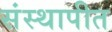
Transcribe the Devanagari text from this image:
संस्थापीत